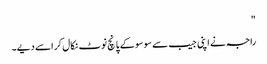
"
راجہ نے اپنی جیب سے سو سو کے پانچ نوٹ نکال کر اسے دیے۔